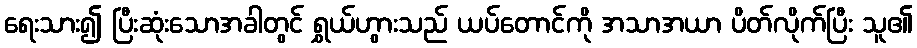
ရေးသား၍ ပြီးဆုံးသောအခါတွင် ရွှယ်ဟွားသည် ယပ်တောင်ကို အသာအယာ ပိတ်လိုက်ပြီး သူ၏